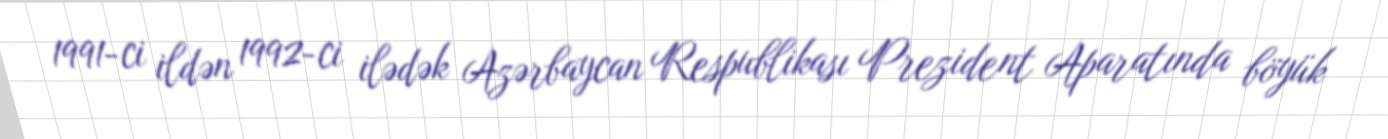
1991-ci ildən 1992-ci ilədək Azərbaycan Respublikası Prezident Aparatında böyük